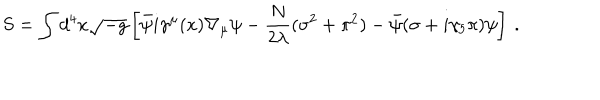
S = \int d ^ { 4 } x \sqrt { - g } \left[ \bar { \psi } i \gamma ^ { \mu } ( x ) \nabla _ { \mu } \psi - \frac { N } { 2 \lambda } ( \sigma ^ { 2 } + \pi ^ { 2 } ) - \bar { \psi } ( \sigma + i \gamma _ { 5 } \pi ) \psi \right] \: .